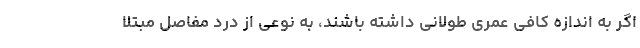
اگر به اندازه کافی عمری طولانی داشته باشند، به نوعی از درد مفاصل مبتلا